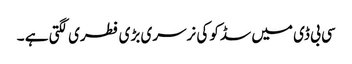
سی بی ڈی میں سڈکو کی نرسری بڑی فطری لگتی ہے ۔